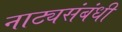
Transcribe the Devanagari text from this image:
नाट्यसंबंधी